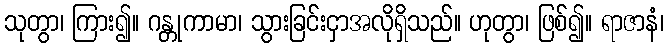
သုတွာ၊ ကြား၍။ ဂန္တုကာမာ၊ သွားခြင်းငှာအလိုရှိသည်။ ဟုတွာ၊ ဖြစ်၍။ ရာဇာနံ၊